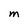
Character: M